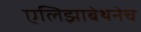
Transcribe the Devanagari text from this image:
एलिझाबेथनेच